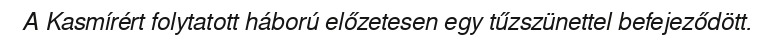
A Kasmírért folytatott háború előzetesen egy tűzszünettel befejeződött.